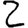
Digit: 2